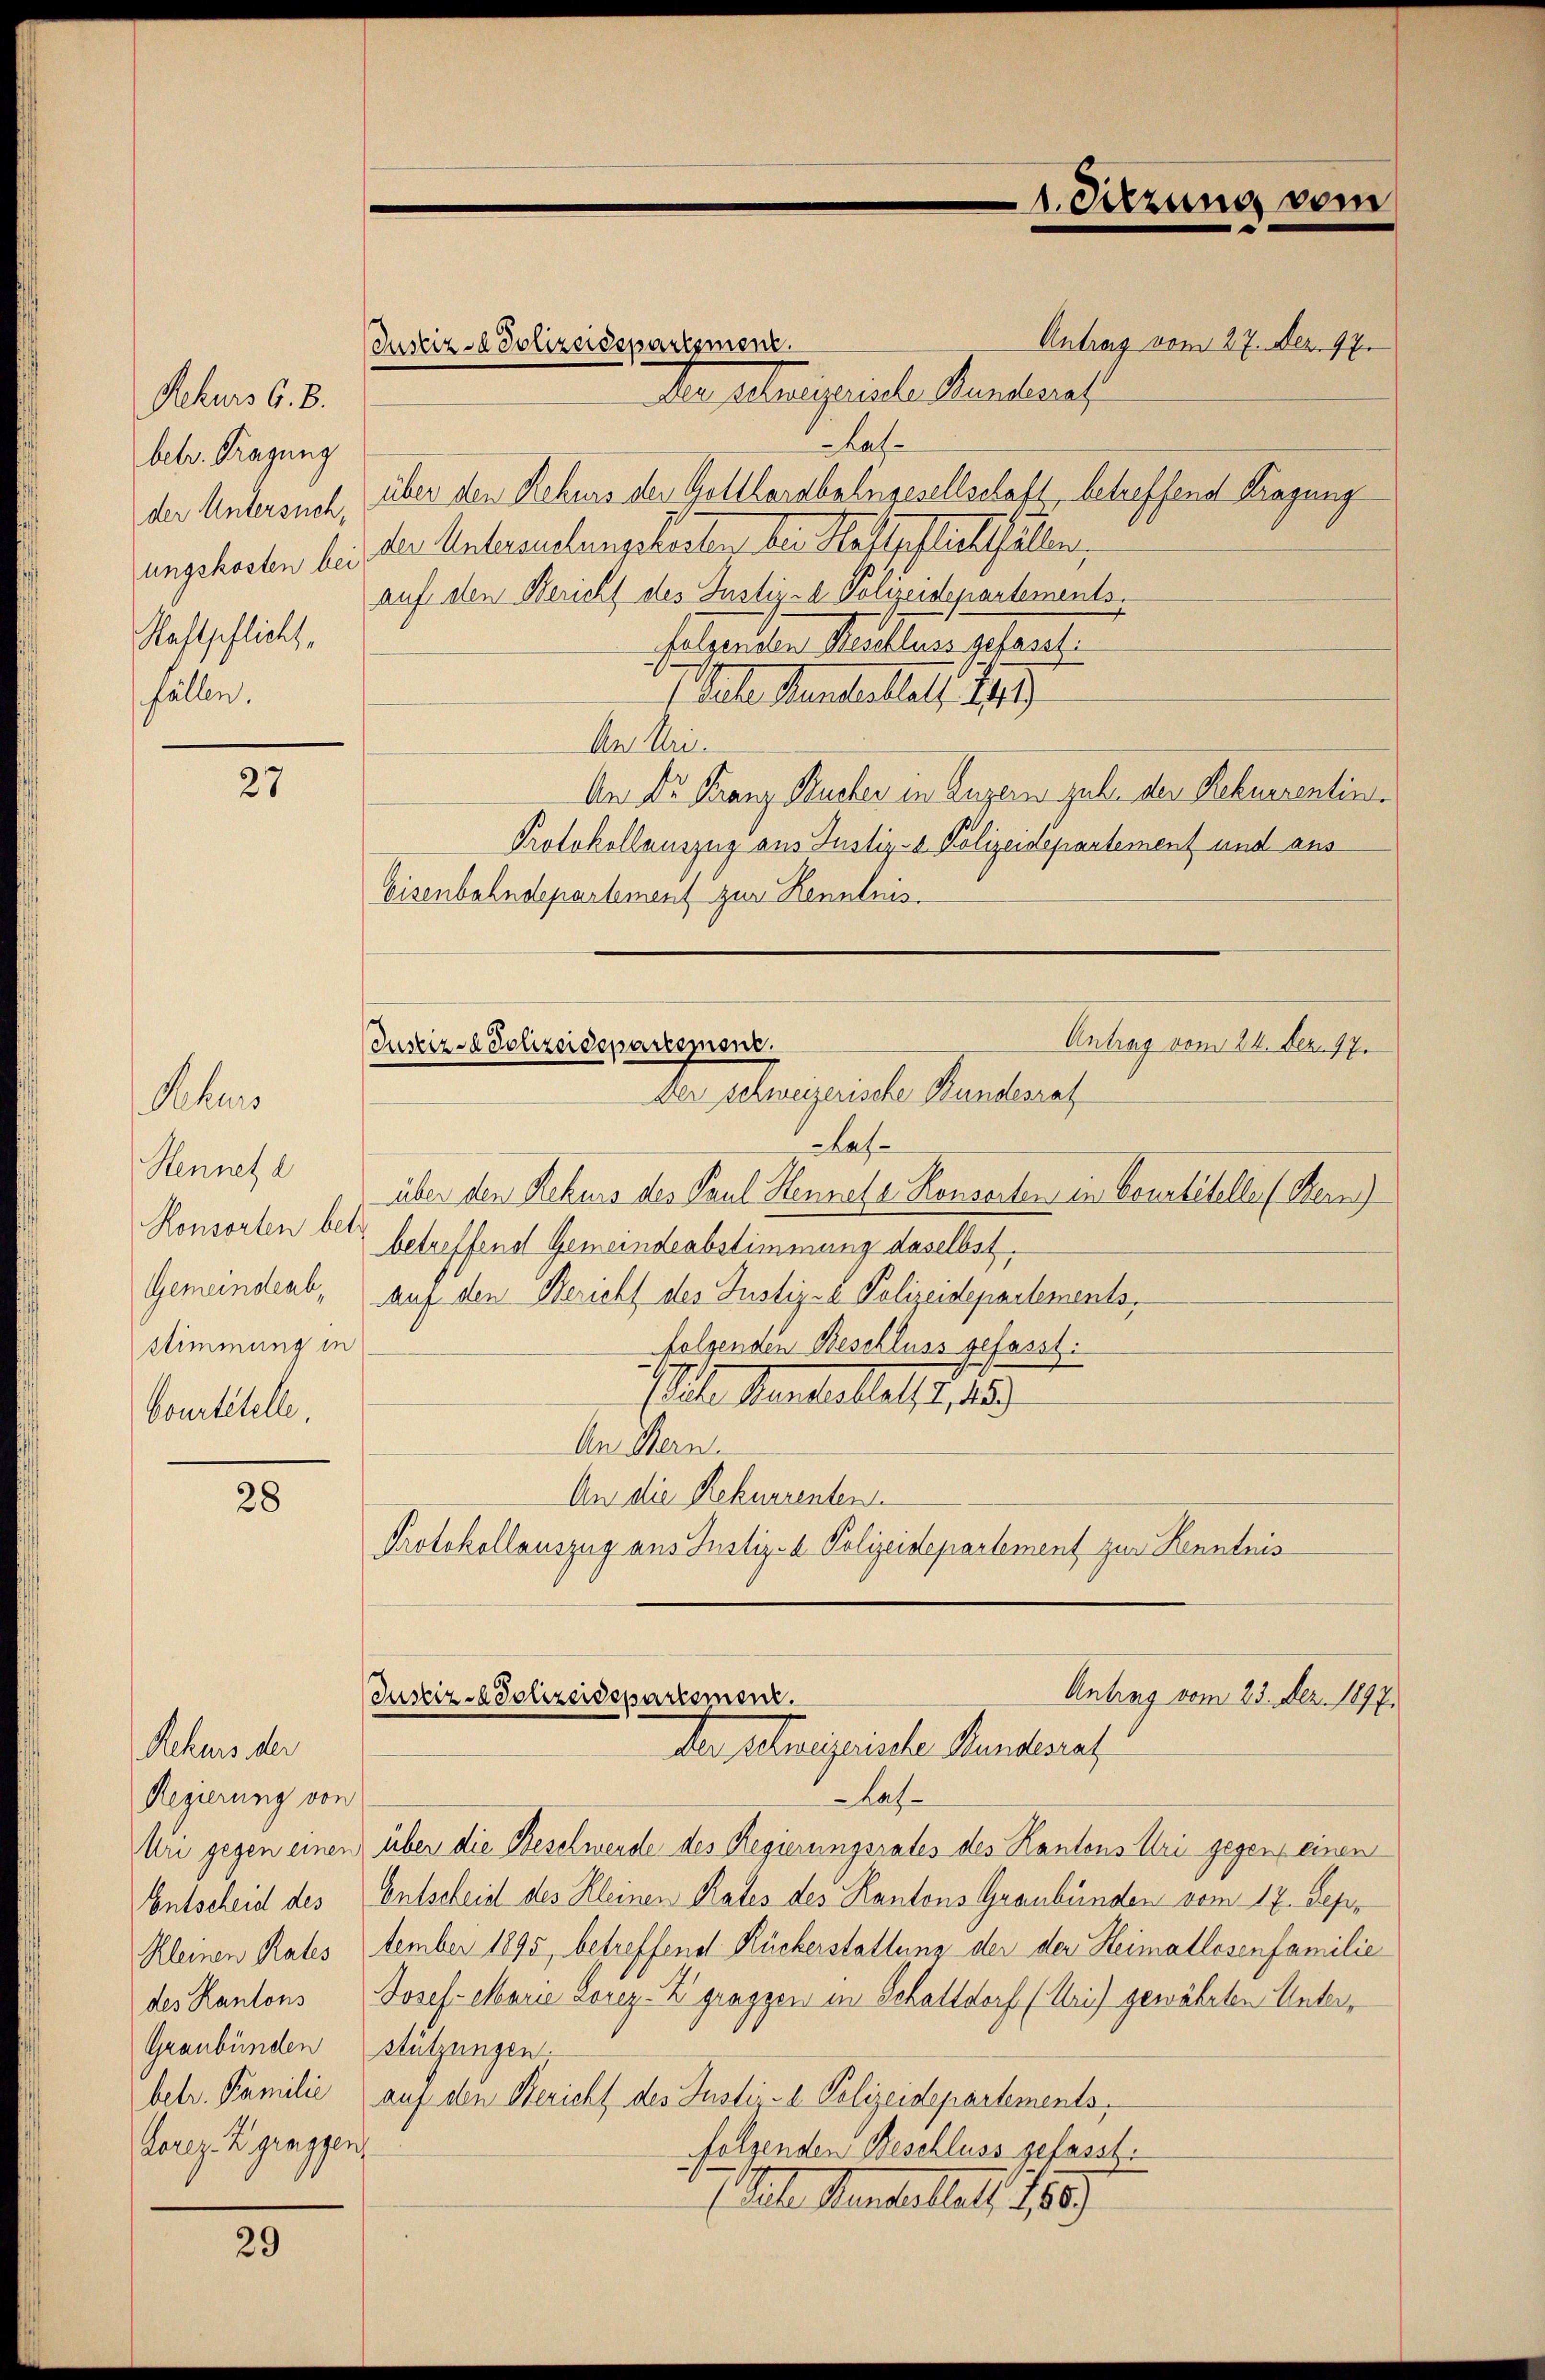
Rekurs 6. B.
betr. Tragung
der Untersuch,
ungskosten be
Nachtspflickt,
fällen.

27

Rekurs
Hennet d
Konsorten be
Gemeindeab,
stimmung in
bourtitelle.

28

Rekurs der
Regierung von
Uri gegen einer
Entscheid des
Kleinen Rates
des Kantons
Graubünden
betr. Familie
Gorez. Zgragger

29

Justiz- & Polizeidepartement.

Den Ateligirte Rentersch
Lafüber den Rekurs der Gottharabelngesellschaft betreffend Kragung
der Untersuchengkeiten der Haftgestickthalten,
auf den Bericht des Justiz-A Polizeidepartements.
folgenden Reschluss gefasst:
Pathe Beamtestalt 189
An Uri.
An Dr. Franz Kucher in Luzern sub. der Rekurrentin¬
Protokollauszug aus Justiz- & Polizeidepartement und aus
Eisenbahndepartement zur Kenntnis.

1. Sitzung vom

Antrag vom 27. Dez. 97.

Antrag vom 24. Dez. 17.
Justiz- & Polizeidepartement.
Der Schweizerische Bundesrat

asüber den Rekurs des Paul Hennale Konserten in Beurtitelle Bern)
t
betreffend Gemeindeabstimmung daselbst.
auf den Bericht des Justiz-a Polizeidepartements,
folgenden Beschluss gefasst.
Alten Mariellels, 18
An Hern.
An die Rekurrenten
Protokollauszug aus Justiz- u. Polizeidepartement zur Kenntnis

Antrag vom 23. Dez. 1897.
Justiz- & Polizeidepartement.
Der Streignete Handerat

Lasüber die Beschwende des Regierungsrates des Kantons Uri gegen einen
Entscheid des Kleinen Rates des Kantons Graubünden vom 17. Sepr
tember 1895 betreffend Rückerstattung der der Heimatlosenfamilie
Josef Marie Korez-Zgraggen in Schattdorf (Uri) gewährten Unterstützungen.
auf den Bericht des Justiz- Polizeidepartements,
eh
folgenden Beschluss gefasst.
1. St. Jenballast 1889